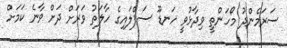
ސަރަމެންދު މޯހަންތީ ވިދާޅުވީ ހަނޑޫ ސަޕްލައިގެ ހާލަތު ވަރަށް ދަށް ވާނެ ކަމަށް